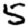
Digit: 5